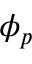
\phi _ { p }